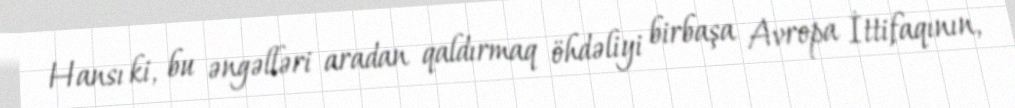
Hansı ki, bu əngəlləri aradan qaldırmaq öhdəliyi birbaşa Avropa İttifaqının,